Vaccination Hyderabad 1890-1903 - 1890-1903
Year: 1890
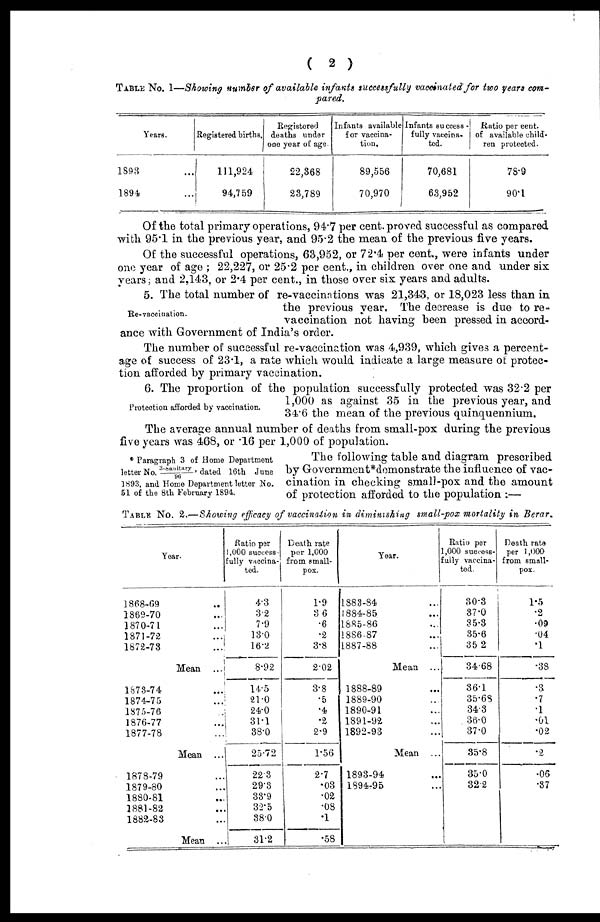
( 2 )
TABLE No. I—Showing number of available infants successfully vaccinated for two years com-
pared.
Years.
1893 ...
1894 ...
Registered births.
111,924
94,759
Registered
deaths under
one year of age.
22,368
23,789
Infants available
for vaccina¬
tion.
89,556
70,970
Infants success¬
fully vaccina-
ted.
70,681
63,952
Ratio per cent.
of available child¬
ren protected.
78.9
90.1
Of the total primary operations, 94.7 per cent. proved successful as compared
with 95.1 in the previous year, and 95.2 the mean of the previous five years.
Of the successful operations, 63,952, or 72.4 per cent., were infants under
one year of age ; 22,227, or 25.2 per cent., in children over one and under six
years; and 2,143, or 2.4 per cent., in those over six years and adults.
Re-vaccination.
5. The total number of re-vaccinations was 21,343, or 18,023 less than in
the previous year. The decrease is due to re-
vaccination not having been pressed in accord-
ance with Government of India's order.
The number of successful re-vaccination was 4,939, which gives a percent-
age of success of 23.1, a rate which would indicate a large measure of protec-
tion afforded by primary vaccination.
Protection afforded by vaccination.
6. The proportion of the population successfully protected was 32.2 per
1,000 as against 35 in the previous year, and
34.6 the mean of the previous quinquennium.
The average annual number of deaths from small-pox during the previous
five years was 468, or .16 per 1,000 of population.
* Paragraph 3 of Home Department
letter No. 3-Sanitary/96, dated 16th June
1893, and Home Department letter No.
51 of the 8th February 1894.
The following table and diagram prescribed
by Government*domonstrate the influence of vac-
cination in checking small-pox and the amount
of protection afforded to the population :—
TABLE No. 2.—Showing efficacy of vaccination in diminishing small-pox mortality in Berar.
Year.
1868-69
...
1869-70
...
1870-71 ...
1871-72 ...
1872-73
...
Mean ...
1873-74
...
1874-75 ...
1875-76
...
1876-77 ...
1877-78
...
Mean ...
1878-79 ...
1879-80 ...
1880-81
...
1881-82
...
1882-83
...
Mean ...
Ratio per
1,000 success-
-ully vaccina-
ted.
4.3
3.2
7.9
13.0
16.2
8.92
14.5
21.0
24.0
31.1
38.0
25.72
22.3
29.3
33.9
32.5
38.0
31.2
Death rate
per 1,000
from small-
pox.
1.9
3.6
.6
.2
3.8
2.02
3.8
.5
.4
.2
2.9
1.56
2.7
.03
.02
.08
.1
.58
Year.
1883-84 ...
1884-85 ...
1885-86 ...
1886-87 ...
1887-88 ...
Mean ...
1888-89 ...
1889-90 ...
1890-91 ...
1891-92 ...
1892-93 ...
Mean ...
1893-94 ...
1894-95
Ratio per
1,000 success¬
fully vaccina-
ted.
30.3
37.0
35.3
35.6
35.2
34.68
36.1
35.68
34.3
36.0
37.0
35.8
35.0
32.2
Death rate
per 1,000
from small-
pox.
1.5
.2
.09
.04
.1
.38
.3
.7
.1
.01
.02
.2
.06
.37